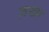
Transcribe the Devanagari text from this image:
ज़ख्‍म